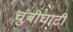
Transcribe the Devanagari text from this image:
चुंबीघाटी